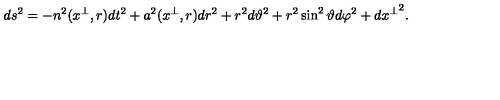
d s ^ { 2 } = - n ^ { 2 } ( x ^ { \perp } , r ) d t ^ { 2 } + a ^ { 2 } ( x ^ { \perp } , r ) d r ^ { 2 } + r ^ { 2 } d \vartheta ^ { 2 } + r ^ { 2 } \sin ^ { 2 } \vartheta d \varphi ^ { 2 } + d { x ^ { \perp } } ^ { 2 } .